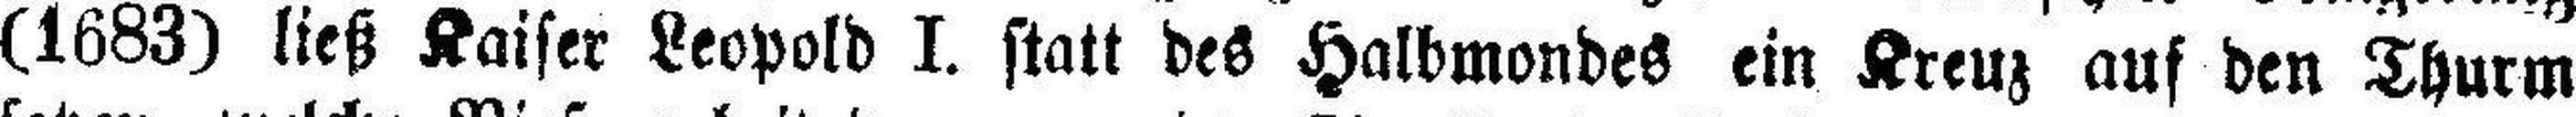
(1683) ließ Kaiser Leopold I. statt des Halbmondes ein Kreuz auf den Thurm